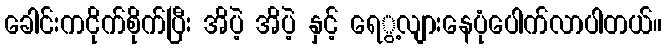
ခေါင်းကငိုက်စိုက်ပြီး အိပဲ့ အိပဲ့ နှင့် ရေွ့လျားနေပုံပေါက်လာပါတယ်။